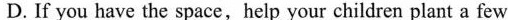
D.If you have the space,help your children plant a few